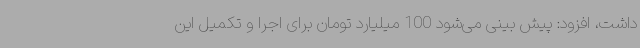
داشت، افزود: پیش بینی می‌شود 100 میلیارد تومان برای اجرا و تکمیل این